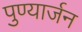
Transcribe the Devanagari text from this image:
पुण्यार्जन